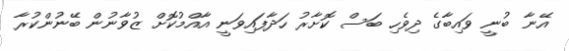
އޭނާ ބުނީ ވައިބާގެ ދިވެހި ބަސް ކޮށާރު ހަދާފައިވަނީ އާއްމުކޮށް ޒުވާނުން ބޭނުންކުރާ